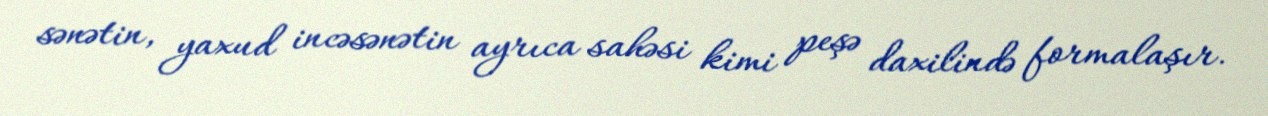
sənətin, yaxud incəsənətin ayrıca sahəsi kimi peşə daxilində formalaşır.